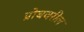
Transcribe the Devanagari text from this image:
प्रोबवरील